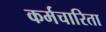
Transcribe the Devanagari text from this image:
कर्मचारिता